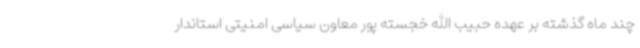
چند ماه گذشته بر عهده حبیب الله خجسته پور معاون سیاسی امنیتی استاندار